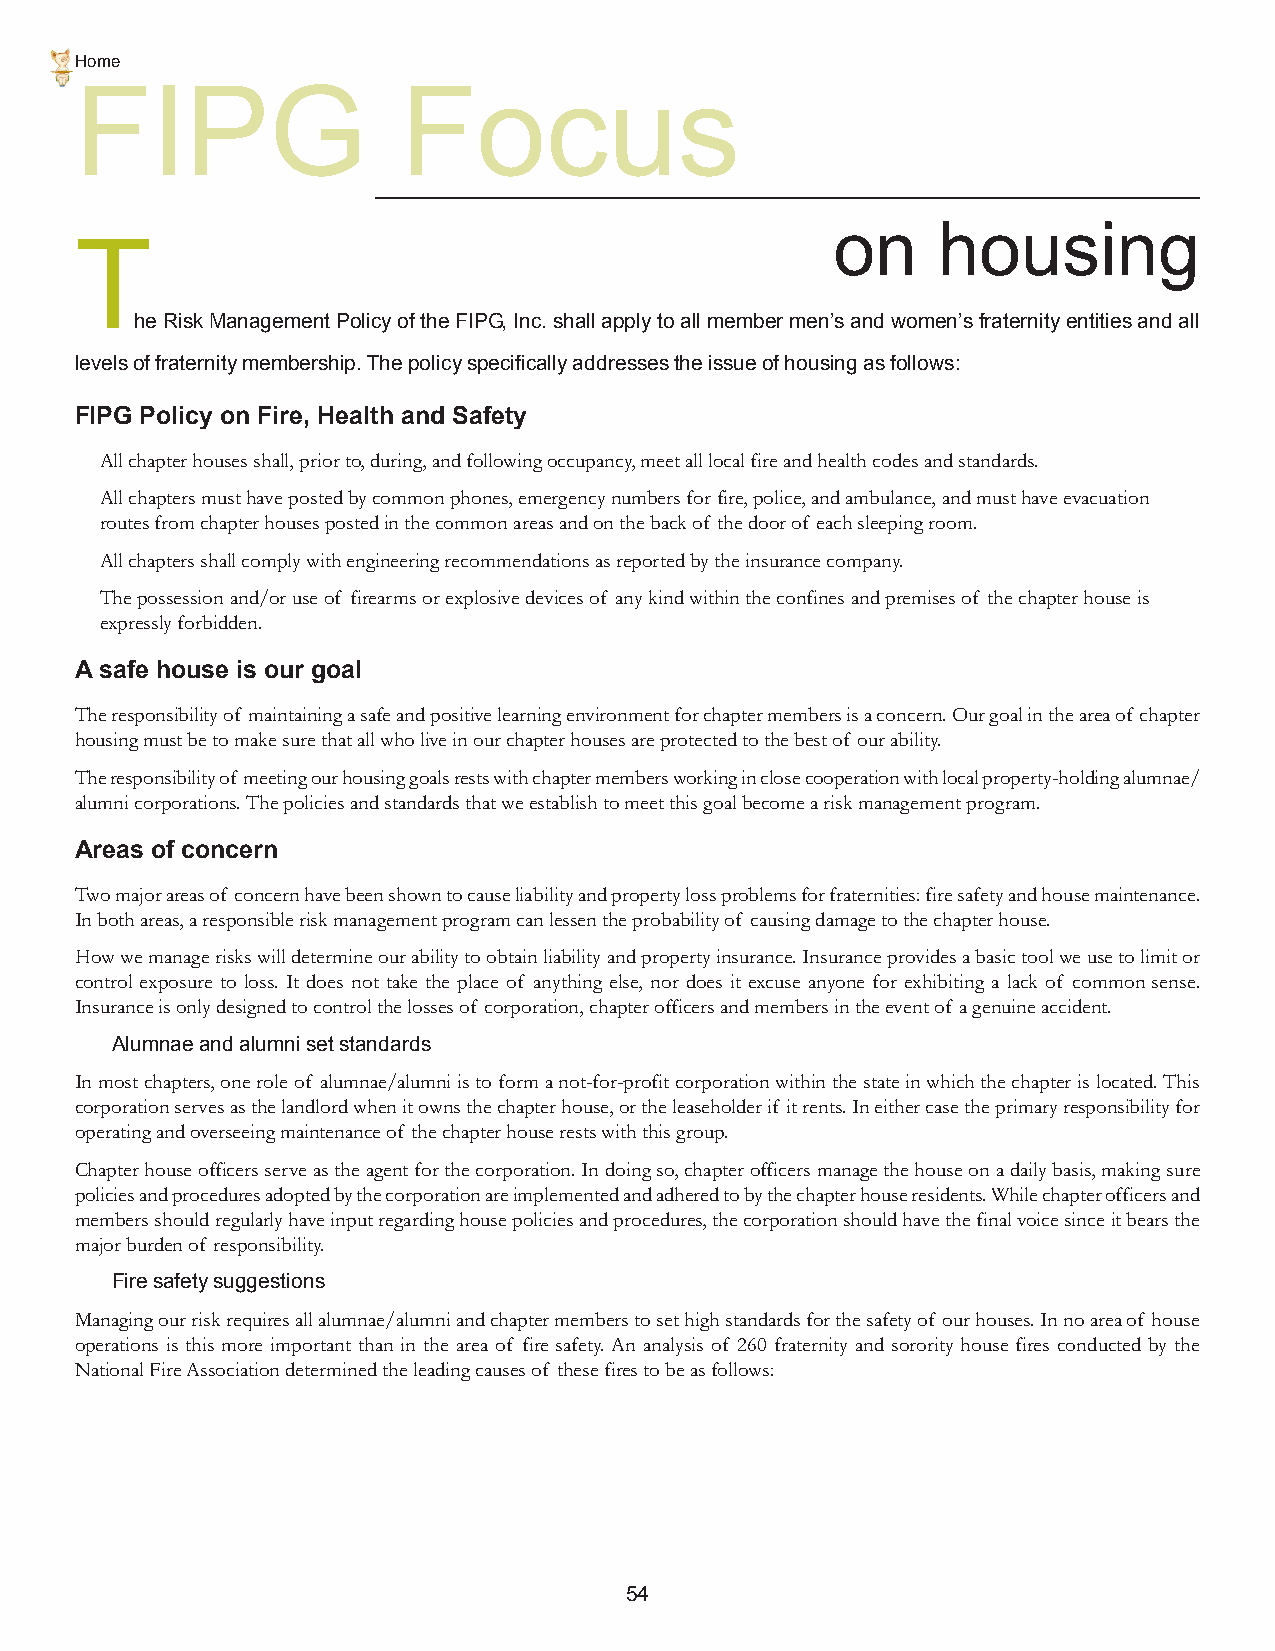
Home
 FIPG                  Focus
 on     housing
 T
 he Risk Management Policy of the FIPG, Inc. shall apply to all member men’s and women’s fraternity entities and all
 levels of fraternity membership. The policy specifically addresses the issue of housing as follows:
 FIPG Policy on Fire, Health and Safety
 All chapter houses shall, prior to, during, and following occupancy, meet all local fire and health codes and standards.
 All chapters must have posted by common phones, emergency numbers for fire, police, and ambulance, and must have evacuation
 routes from chapter houses posted in the common areas and on the back of the door of each sleeping room.
 All chapters shall comply with engineering recommendations as reported by the insurance company.
 The possession and/or use of firearms or explosive devices of any kind within the confines and premises of the chapter house is
 expressly forbidden.
 A safe house is our goal
 The responsibility of maintaining a safe and positive learning environment for chapter members is a concern. Our goal in the area of chapter
 housing must be to make sure that all who live in our chapter houses are protected to the best of our ability.
 The responsibility of meeting our housing goals rests with chapter members working in close cooperation with local property-holding alumnae/
 alumni corporations. The policies and standards that we establish to meet this goal become a risk management program.
 Areas of concern
 Two major areas of concern have been shown to cause liability and property loss problems for fraternities: fire safety and house maintenance.
 In both areas, a responsible risk management program can lessen the probability of causing damage to the chapter house.
 How we manage risks will determine our ability to obtain liability and property insurance. Insurance provides a basic tool we use to limit or
 control exposure to loss. It does not take the place of anything else, nor does it excuse anyone for exhibiting a lack of common sense.
 Insurance is only designed to control the losses of corporation, chapter officers and members in the event of a genuine accident.
 Alumnae and alumni set standards
 In most chapters, one role of alumnae/alumni is to form a not-for-profit corporation within the state in which the chapter is located. This
 corporation serves as the landlord when it owns the chapter house, or the leaseholder if it rents. In either case the primary responsibility for
 operating and overseeing maintenance of the chapter house rests with this group.
 Chapter house officers serve as the agent for the corporation. In doing so, chapter officers manage the house on a daily basis, making sure
 policies and procedures adopted by the corporation are implemented and adhered to by the chapter house residents. While chapter officers and
 members should regularly have input regarding house policies and procedures, the corporation should have the final voice since it bears the
 major burden of responsibility.
 Fire safety suggestions
 Managing our risk requires all alumnae/alumni and chapter members to set high standards for the safety of our houses. In no area of house
 operations is this more important than in the area of fire safety. An analysis of 260 fraternity and sorority house fires conducted by the
 National Fire Association determined the leading causes of these fires to be as follows:
 54